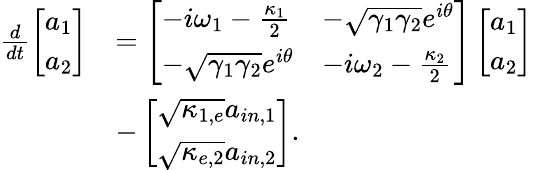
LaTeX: \begin{array}{rl}{\frac{d}{dt}\left[\begin{array}{l}{a_{1}}\\ {a_{2}}\end{array}\right]}&{=\left[\begin{array}{ll}{-i\omega_{1}-\frac{\kappa_{1}}{2}}&{-\sqrt{\gamma_{1}\gamma_{2}}e^{i\theta}}\\ {-\sqrt{\gamma_{1}\gamma_{2}}e^{i\theta}}&{-i\omega_{2}-\frac{\kappa_{2}}{2}}\end{array}\right]\left[\begin{array}{l}{a_{1}}\\ {a_{2}}\end{array}\right]}\\ &{-\left[\begin{array}{l}{\sqrt{\kappa_{1,e}}a_{in,1}}\\ {\sqrt{\kappa_{e,2}}a_{in,2}}\end{array}\right].}\end{array}